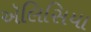
ઍલિસિયા